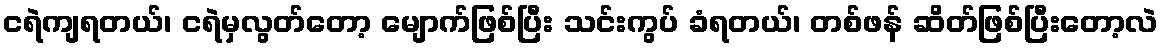
ငရဲကျရတယ်၊ ငရဲမှလွတ်တော့ မျောက်ဖြစ်ပြီး သင်းကွပ် ခံရတယ်၊ တစ်ဖန် ဆိတ်ဖြစ်ပြီးတော့လဲ